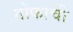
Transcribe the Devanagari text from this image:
तोफाची